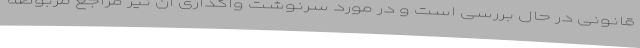
قانونی در حال بررسی است و در مورد سرنوشت واگذاری آن نیز مراجع مربوطه